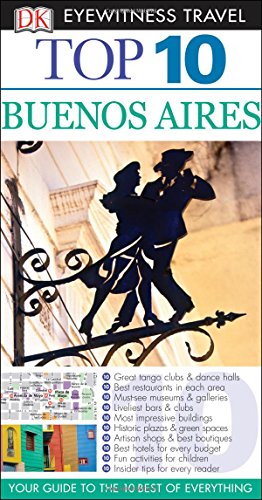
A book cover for Top 10 Buenos Aires (Eyewitness Top 10 Travel Guide); Travel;